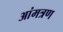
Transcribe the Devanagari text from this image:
आंमत्रण